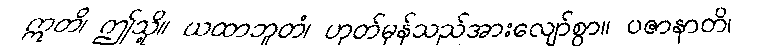
ဣတိ၊ ဤသို့။ ယထာဘူတံ၊ ဟုတ်မှန်သည်အားလျော်စွာ။ ပဇာနာတိ၊